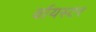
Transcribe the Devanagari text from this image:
र्वायस्टर